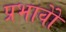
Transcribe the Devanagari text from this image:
प्रभावोें